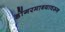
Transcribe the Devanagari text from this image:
डोंगरमाथ्यावरून